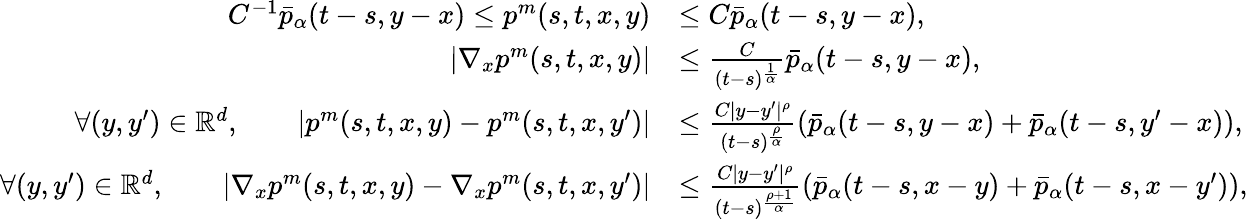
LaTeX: \begin{array}{rl}{C^{-1}\bar{p}_{\alpha}(t-s,y-x)\leq p^{m}(s,t,x,y)}&{\leq C\bar{p}_{\alpha}(t-s,y-x),}\\ {\left|\nabla_{x}p^{m}(s,t,x,y)\right|}&{\leq\frac{C}{(t-s)^{\frac{1}{\alpha}}}\bar{p}_{\alpha}(t-s,y-x),}\\ {\forall(y,y^{\prime})\in\mathbb{R}^{d},\qquad\left|p^{m}(s,t,x,y)-p^{m}(s,t,x,y^{\prime})\right|}&{\leq\frac{C|y-y^{\prime}|^{\rho}}{(t-s)^{\frac{\rho}{\alpha}}}\left(\bar{p}_{\alpha}(t-s,y-x)+\bar{p}_{\alpha}(t-s,y^{\prime}-x)\right),}\\ {\forall(y,y^{\prime})\in\mathbb{R}^{d},\qquad\left|\nabla_{x}p^{m}(s,t,x,y)-\nabla_{x}p^{m}(s,t,x,y^{\prime})\right|}&{\leq\frac{C|y-y^{\prime}|^{\rho}}{(t-s)^{\frac{\rho+1}{\alpha}}}\left(\bar{p}_{\alpha}(t-s,x-y)+\bar{p}_{\alpha}(t-s,x-y^{\prime})\right),}\end{array}